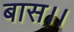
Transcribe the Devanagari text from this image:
बास।।